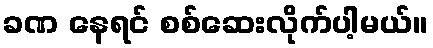
ခဏ နေရင် စစ်ဆေးလိုက်ပါ့မယ်။